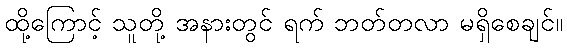
ထို့ကြောင့် သူတို့ အနားတွင် ရက် ဘတ်တလာ မရှိစေချင်။